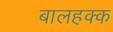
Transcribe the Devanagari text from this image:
बालहक्क